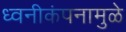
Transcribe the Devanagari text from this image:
ध्वनीकंपनामुळे